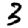
Digit: 3